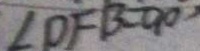
\angle D F B = 9 0 ^ { \circ }